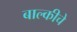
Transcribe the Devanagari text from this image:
बाल्कीचे